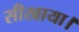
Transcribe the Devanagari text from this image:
सीखाया।